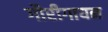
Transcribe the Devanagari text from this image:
गौरीगायन